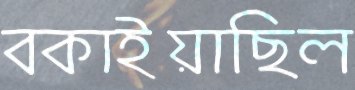
বকাইয়াছিল